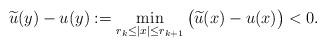
LaTeX: \begin{align*}\widetilde u(y)-u(y):=\min_{r_k\le |x|\le r_{k+1}} \big(\widetilde u(x)-u(x)\big)<0.\end{align*}